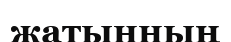
жатынның